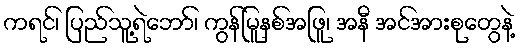
ကရင်၊ ပြည်သူ့ရဲဘော်၊ ကွန်မြူနစ်အဖြူ၊ အနီ အင်အားစုတွေနဲ့